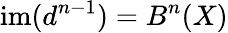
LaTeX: \mathrm{im}(d^{n-1})=B^{n}(X)